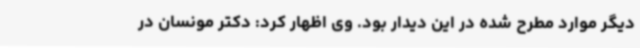
دیگر موارد مطرح شده در این دیدار بود. وی اظهار کرد: دکتر مونسان در